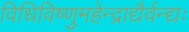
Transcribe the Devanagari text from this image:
विधिविष्णुमहेन्द्राद्यैर्वन्द्यः